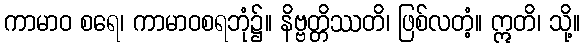
ကာမာဝ စရေ၊ ကာမာဝစရဘုံ၌။ နိဗ္ဗတ္တိဿတိ၊ ဖြစ်လတံ့။ ဣတိ၊ သို့။